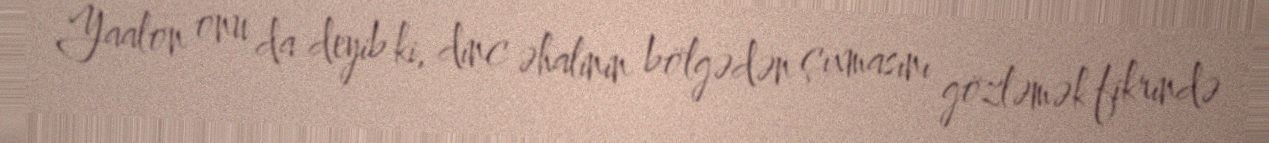
Yaalon onu da deyib ki, dinc əhalinin bölgədən çıxmasını gözləmək fikrində